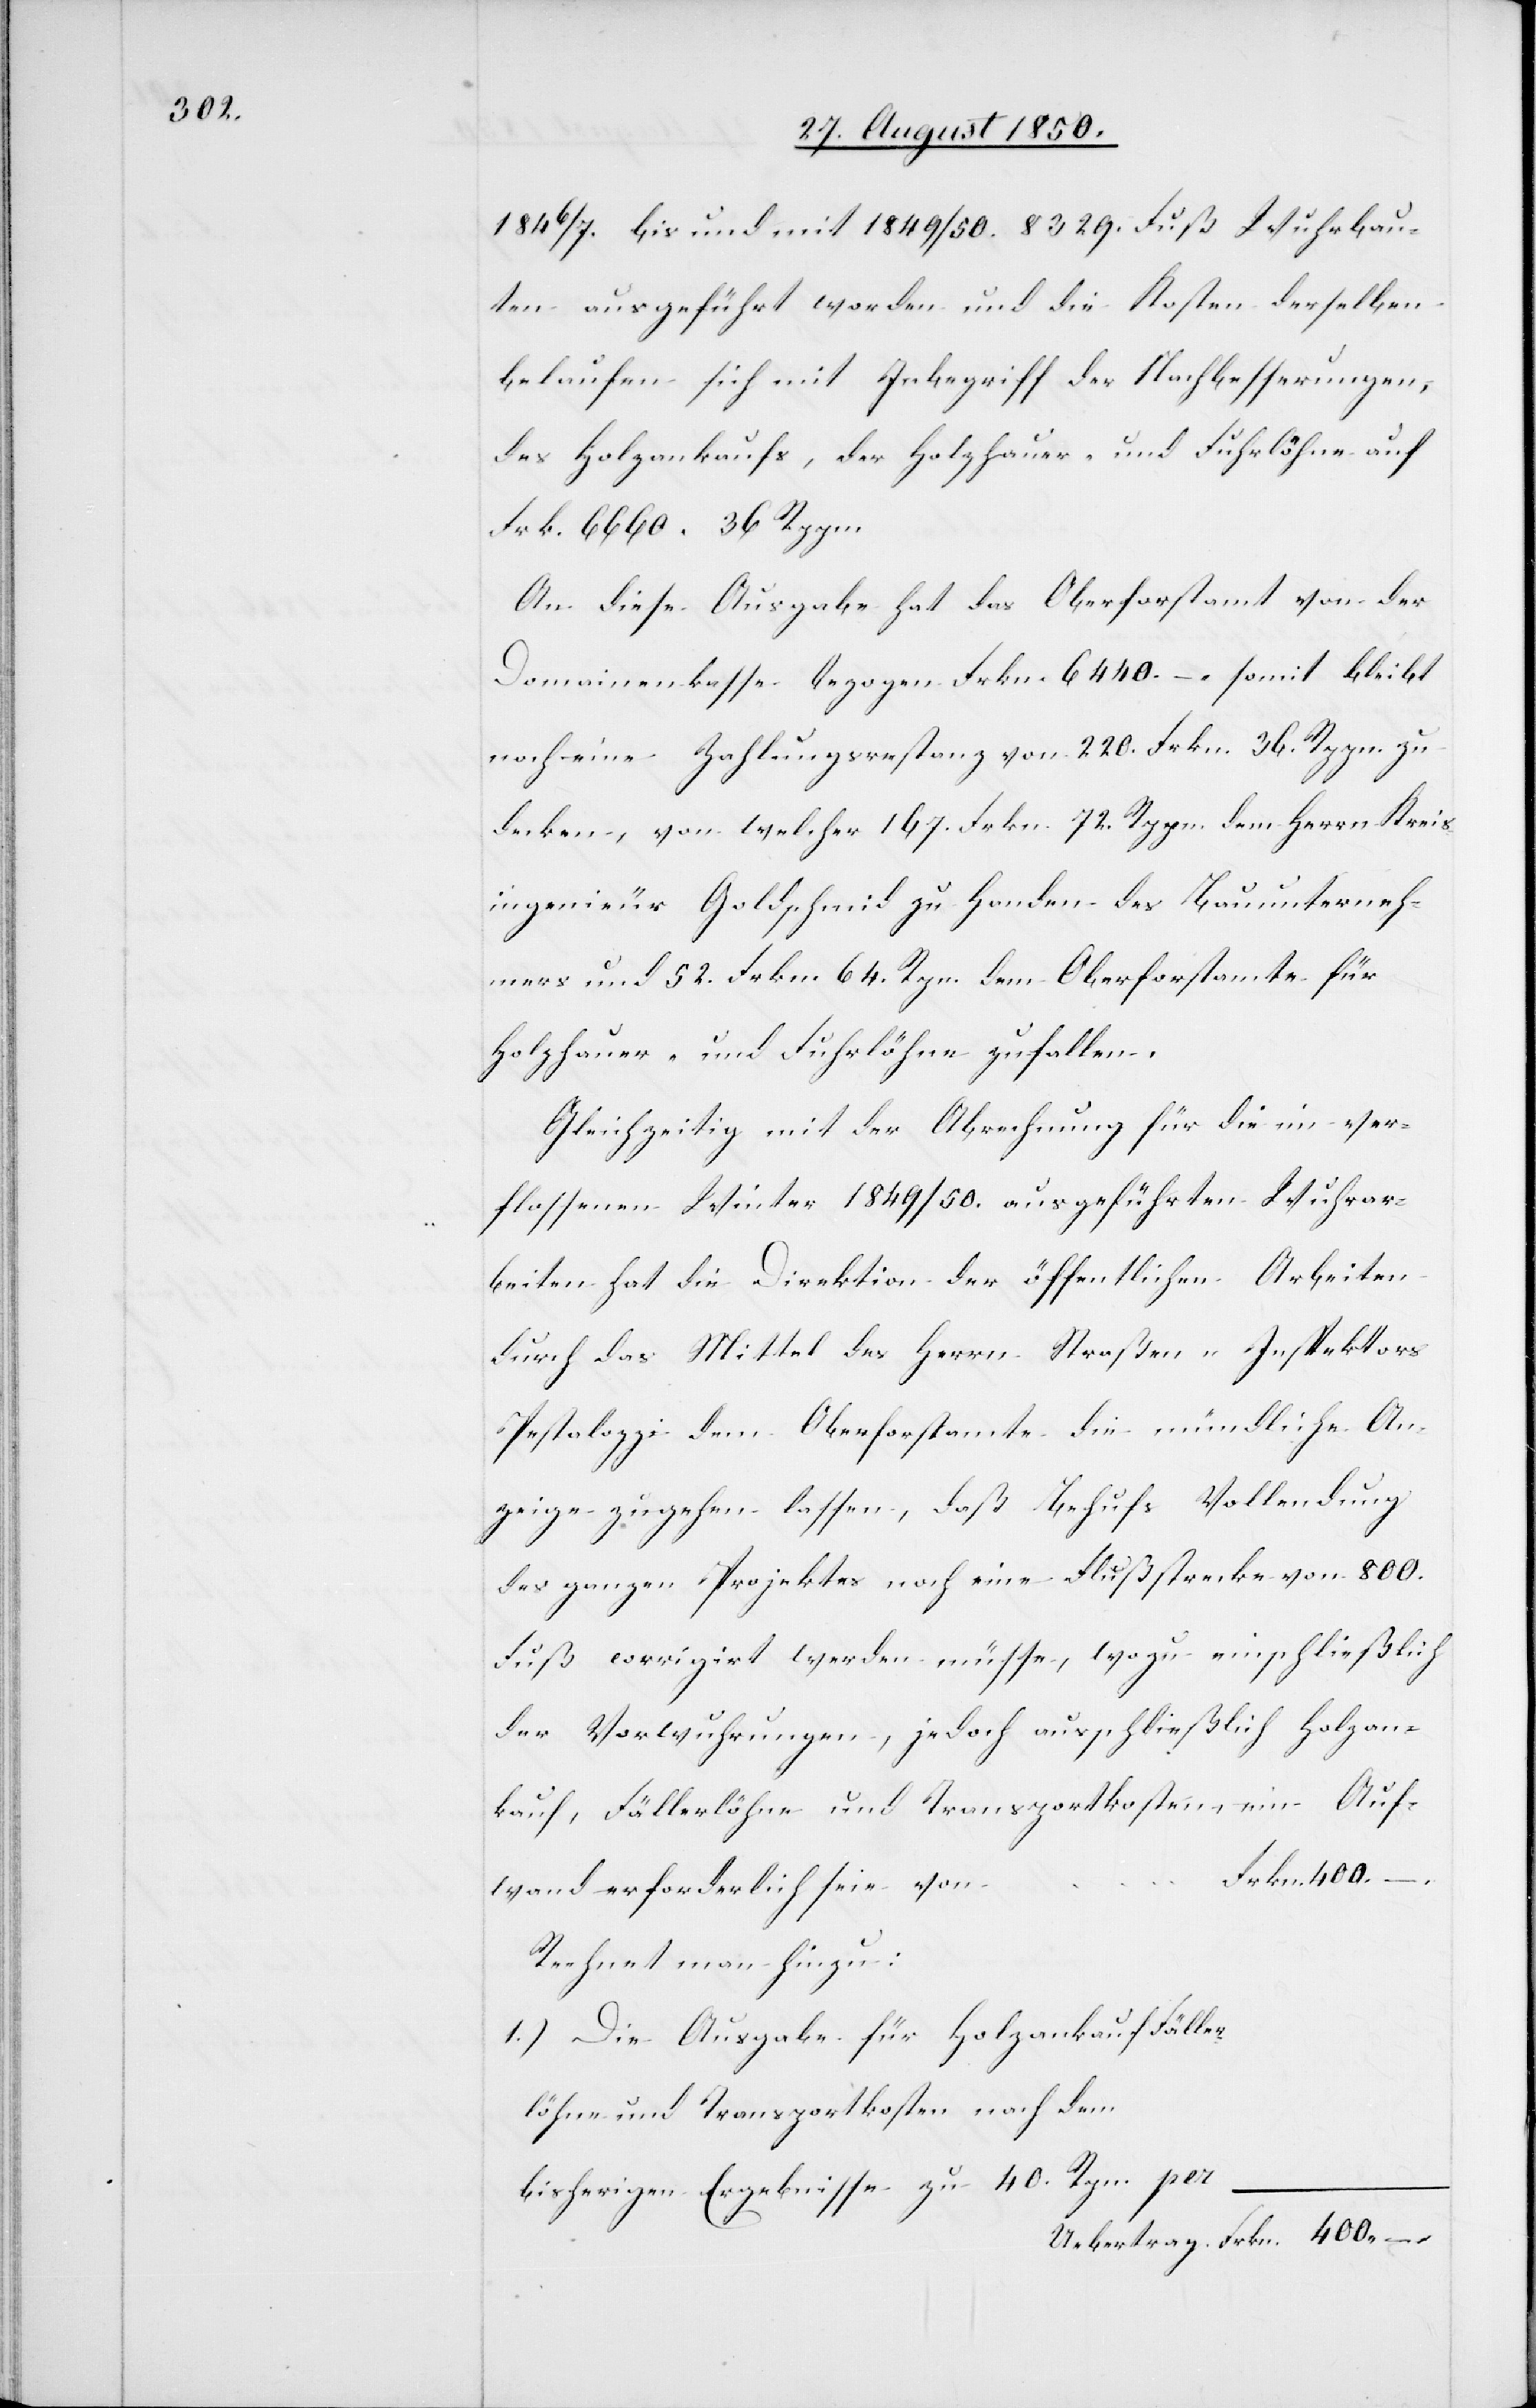
1846/7. bis und mit 1849/50. 8329. Fuß Wuhrbau¬
ten ausgeführt worden und die Kosten derselben
belaufen sich mit Inbegriff der Nachbesserungen,
des Holzankaufs, der Holzhauser- und Fuhrlöhne auf
Frk. 6660. 36 Rppn.
An diese Ausgabe hat das Oberforstamt von der
Domainenkasse bezogen Frkn. 6440. – somit bleibt
noch eine Zahlungsrestanz von 220. Frkn. 36. Rppn. zu
decken, von welcher 167. Frkn. 72. Rppn. dem Herrn Kreis¬
ingenieur Goldschmid zu Handen des Bauunterneh¬
mers und 52. Frkn. 64. Rpn. dem Oberforstamte für
Holzhauer- und Fuhrlöhne zufallen.
Gleichzeitig mit der Abrechnung für die im ver¬
flossenen Winter 1849/50. ausgeführten Wuhrar¬
beiten hat die Direktion der öffentlichen Arbeiten
durch das Mittel des Herrn Straßen-Inspektors
Pestalozzi dem Oberforstamte die mündliche An¬
zeige zugehen lassen, daß Behufs Vollendung
des ganzen Projektes noch eine Flußstrecke von 800.
Fuß corrigirt werden müsse, wozu einschließlich
der Vorwuhrungen, jedoch ausschließlich Holzan¬
kauf, Fällerlöhne und Transportkosten, ein Auf¬
n	Frkn. 400. –
wand erforderlich seie vo¬
Rechnet man hinzu:
1.) Die Ausgabe für Holzankauf[,] Fäller¬
löhne und Transportkosten nach dem
bisherigen Ergebnisse zu 40. Rpn. per
Uebertrag	Frkn. 400. –